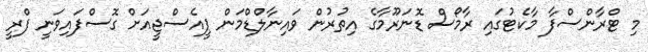
މި ޓްރާންސްފާ މާކެޓުގައި ރާމޯސް ޑޮނަރޫމާގެ އިތުރުން ވައިނާލްޑްމަން ޕީއެސްޖީއަށް ގޮސްފައިވަނީ ފްރީ